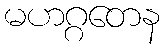
မဟဂ္ဂတေန